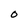
Character: O